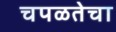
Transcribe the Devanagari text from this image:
चपळतेचा